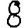
Digit: 8